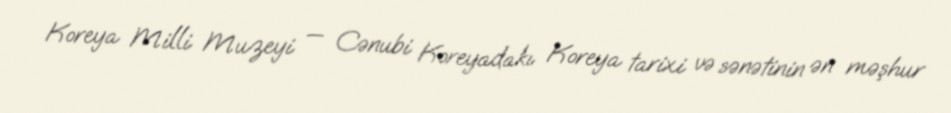
Koreya Milli Muzeyi — Cənubi Koreyadakı Koreya tarixi və sənətinin ən məşhur